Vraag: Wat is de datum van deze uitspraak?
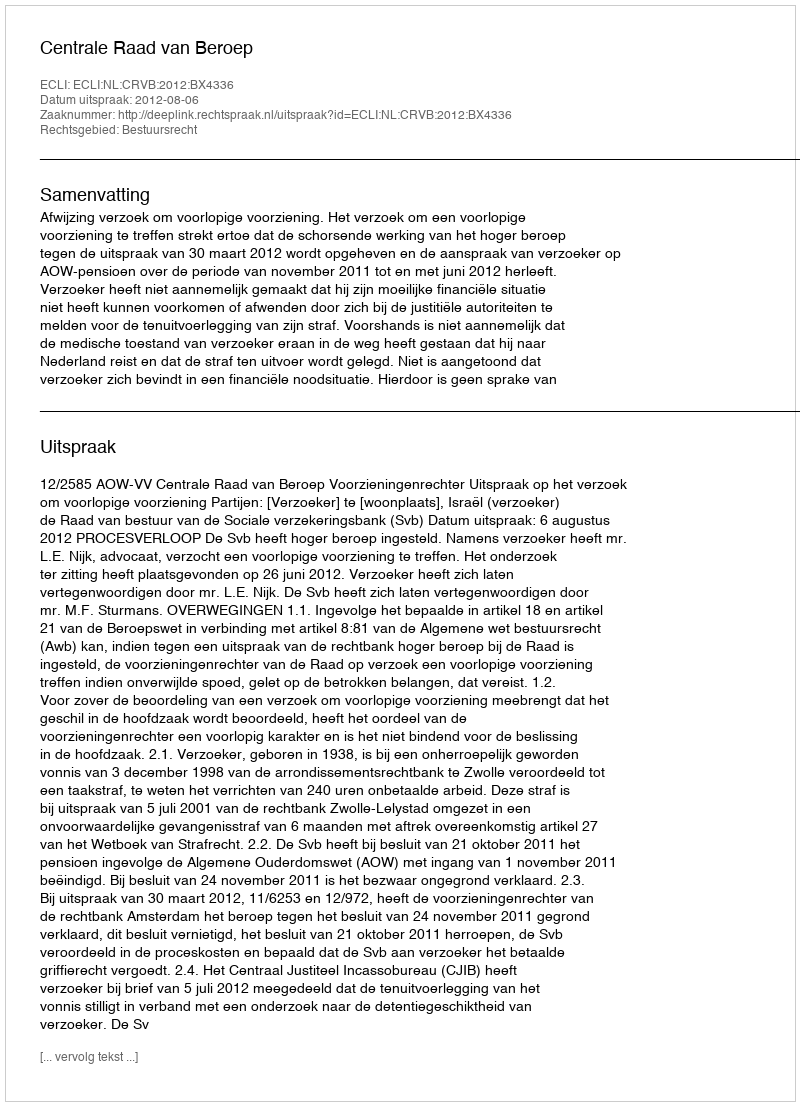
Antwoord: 2012-08-06